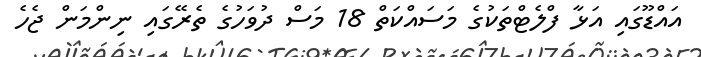
އައްޑޫގައި އަޅާ ފްލެޓްތަކުގެ މަސައްކަތް 18 މަސް ދުވަހުގެ ތެރޭގައި ނިންމަން ޖެހެ